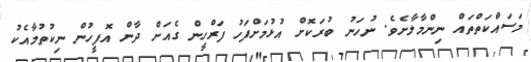
މަސައްކަތްތައް ނިންމާލާށެވެ. ނުހަނު ބުރަކޮށް އުޅުމަށްފަހު ފަރްހީން ގެއަށް ދާން އޮފީހުން ނިކުތުމާއެކު